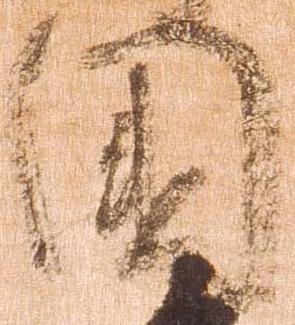
国